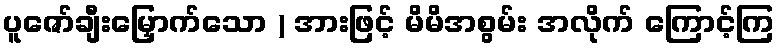
ပူဇော်ချီးမြှောက်သော ) အားဖြင့် မိမိအစွမ်း အလိုက် ကြောင့်ကြ